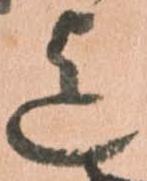
迄